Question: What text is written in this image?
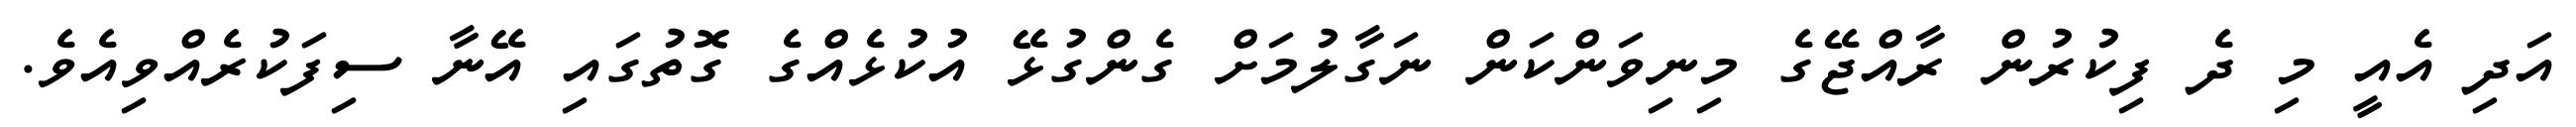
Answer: އަދި އެއީ މި ދެ ފިކުރުން ރާއްޖޭގެ މިނިވަންކަން ނަގާލުމަށް ގެންގުޅޭ އުކުޅެއްގެ ގޮތުގައި އޭނާ ސިފަކުރެއްވިއެވެ.